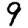
Digit: 9